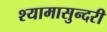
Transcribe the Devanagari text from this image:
श्यामासुन्दरी